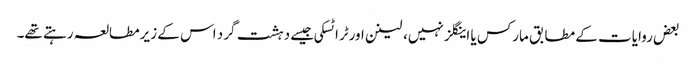
بعض روایات کے مطابق مارکس یا اینگلز نہیں، لینن اورٹرا ٹسکی جیسے دہشت گرد اس کے زیرمطالعہ رہتے تھے۔